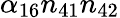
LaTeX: \alpha_{16}n_{41}n_{42}